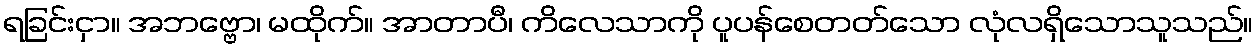
ရခြင်းငှာ။ အဘဗ္ဗော၊ မထိုက်။ အာတာပီ၊ ကိလေသာကို ပူပန်စေတတ်သော လုံလရှိသောသူသည်။